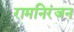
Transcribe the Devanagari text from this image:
रामनिरंजन